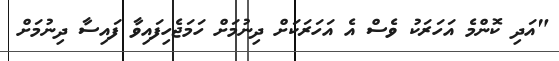
"އަދި ކޮންމެ އަހަރަކު ވެސް އެ އަހަރަކަށް ދިނުމަށް ހަމަޖެހިފައިވާ ފައިސާ ދިނުމަށް